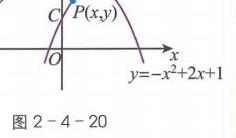
\begin{tikzpicture}[scale=1]
    \draw[->] (-1,0) -- (3,0) node[right] {$x$};
    \draw[->] (0,-1) -- (0,3) node[above] {};
    \draw[domain=-1:3,samples=100] plot (\x,{-\x*\x + 2*\x + 1}) node[right] {$y=-x^{2}+2x + 1$};
    \node[above left] at (0,1) {$C$};
    \node[above left] at (1,2) {$P(x,y)$};
    \node[below] at (0,0) {$O$};
    \node[below] at (2.5,-0.2) {图 2 - 4 - 20};
\end{tikzpicture}